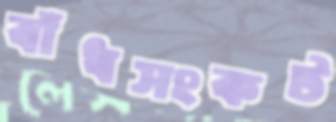
বাঁধসংকট